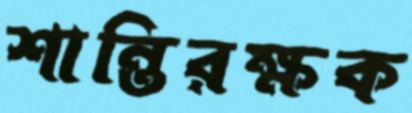
শান্তিরক্ষক